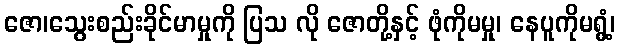
ဇော၊သွေးစည်းခိုင်မာမှုကို ပြသ လို ဇောတို့နှင့် ဖုံကိုမမှု၊ နေပူကိုမရွံ့၊